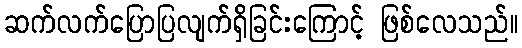
ဆက်လက်ပြောပြလျက်ရှိခြင်းကြောင့် ဖြစ်လေသည်။